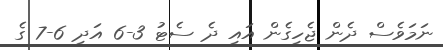
ނަމަވެސް ދެން ޖެހިގެން އައި ދެ ސެޓު 3-6 އަދި 6-7 ގެ